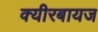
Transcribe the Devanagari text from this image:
क्यीरबायज